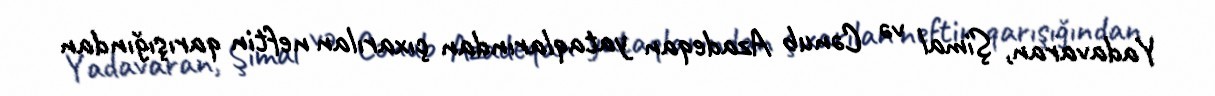
Yadavaran, Şimal və Cənub Azadeqan yataqlarından çıxarılan neftin qarışığından